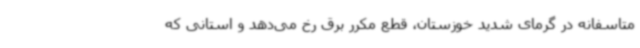
متاسفانه در گرمای شدید خوزستان، قطع مکرر برق رخ می‌دهد و استانی که